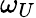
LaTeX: \omega_{U}